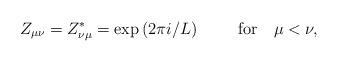
LaTeX: \begin{align*} Z_{\mu\nu}=Z_{\nu\mu}^*= \exp \left( 2 \pi i / L \right) \mbox{~~~~~~~for~~~} \mu<\nu,\end{align*}